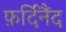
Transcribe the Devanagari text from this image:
फ़र्दिनैंद